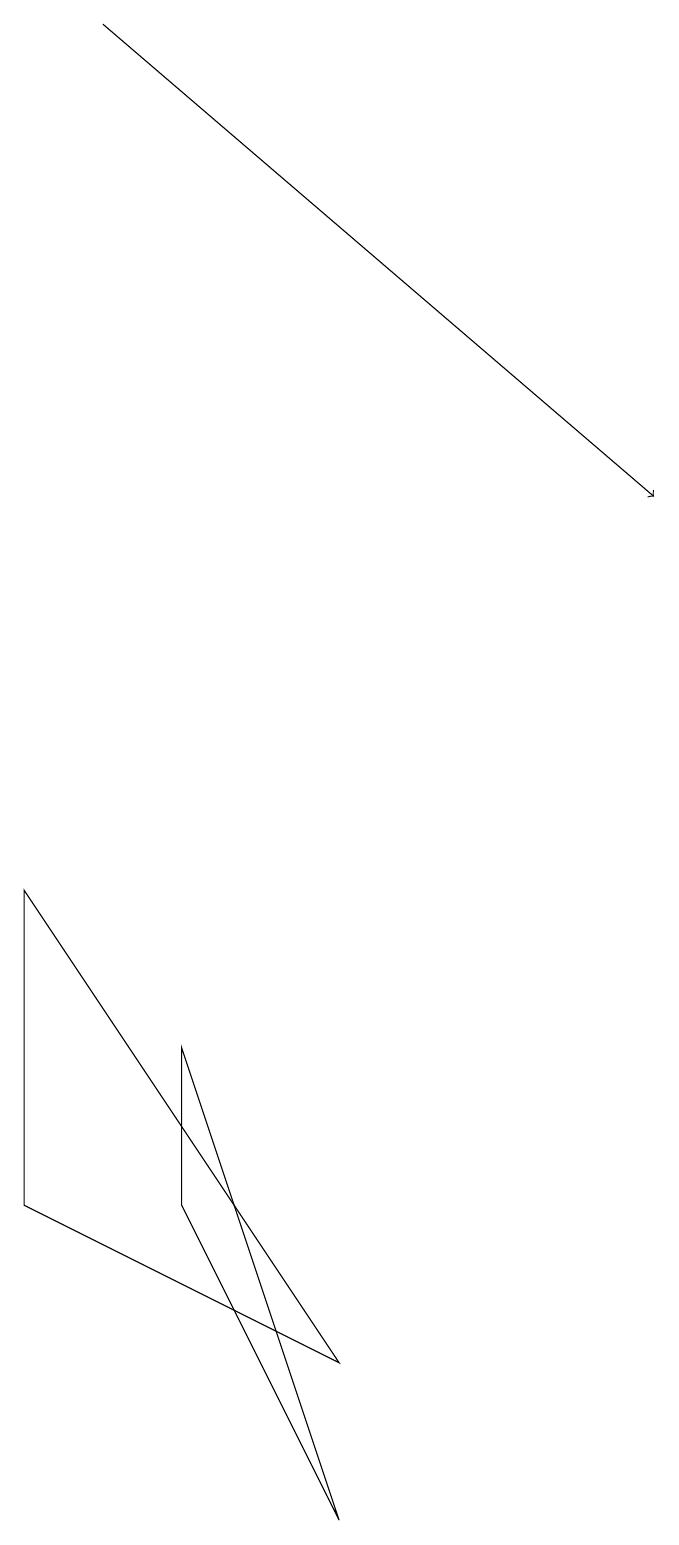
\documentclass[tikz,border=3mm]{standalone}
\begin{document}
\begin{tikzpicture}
\draw (4,2) -- (0,4) -- (0,8) -- cycle;
\draw (2,6) -- (2,4) -- (4,0) -- cycle;
\draw[->] (1,19) -- (8,13);
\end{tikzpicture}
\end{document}